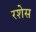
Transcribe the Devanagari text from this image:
रशेस